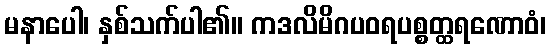
မနာပေါ၊ နှစ်သက်ပါ၏။ ကဒလိမိဂပဝရပစ္စတ္ထရဏောဝံ၊